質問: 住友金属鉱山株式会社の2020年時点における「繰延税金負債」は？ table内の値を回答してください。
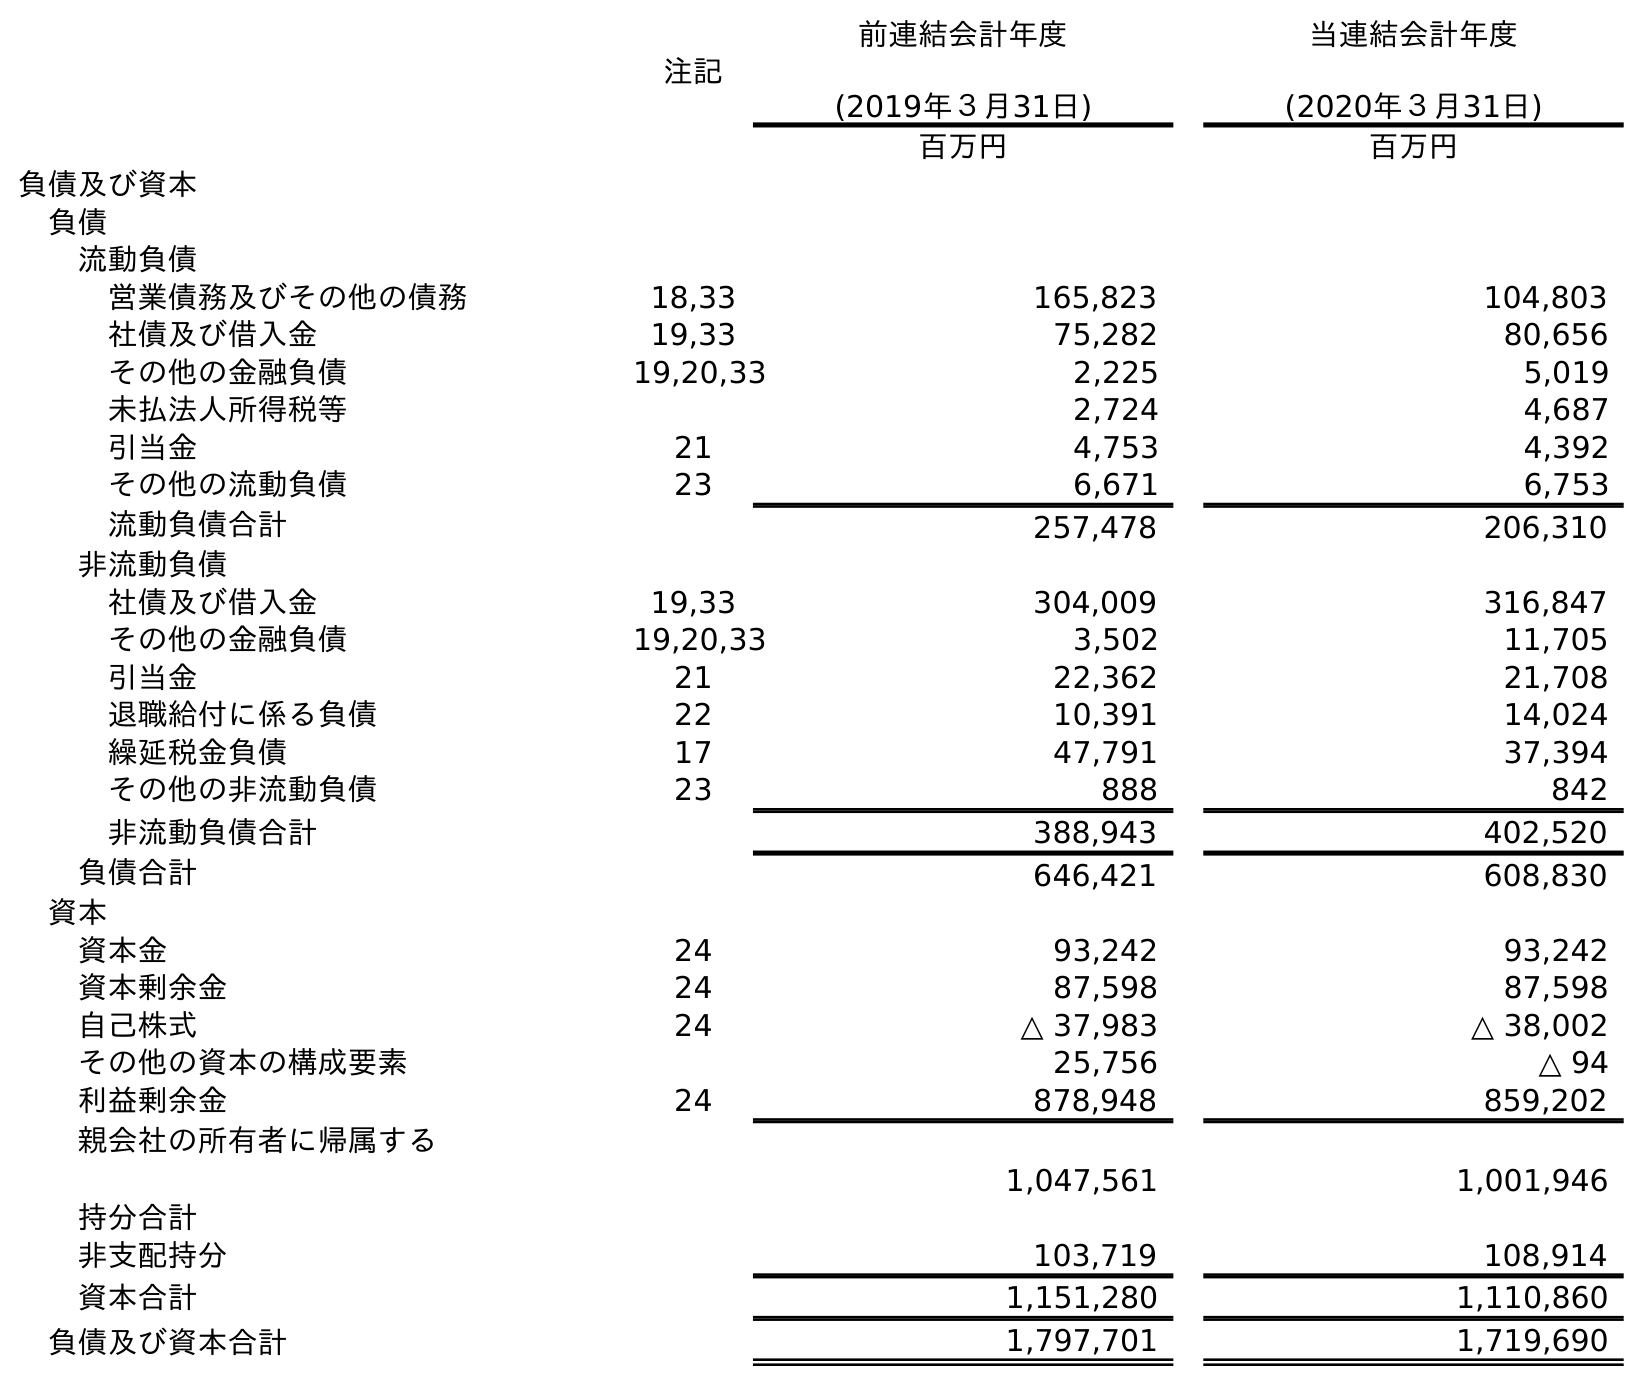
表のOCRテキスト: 注記 前連結会計年度 (2019年３月31日) 当連結会計年度 (2020年３月31日) 百万円 百万円 負債及び資本 負債 流動負債 営業債務及びその他の債務 18,33 165,823 104,803 社債及び借入金 19,33 75,282 80,656 その他の金融負債 19,20,33 2,225 5,019 未払法人所得税等 2,724 4,687 引当金 21 4,753 4,392 その他の流動負債 23 6,671 6,753 流動負債合計 257,478 206,310 非流動負債 社債及び借入金 19,33 304,009 316,847 その他の金融負債 19,20,33 3,502 11,705 引当金 21 22,362 21,708 退職給付に係る負債 22 10,391 14,024 繰延税金負債 17 47,791 37,394 その他の非流動負債 23 888 842 非流動負債合計 388,943 402,520 負債合計 646,421 608,830 資本 資本金 24 93,242 93,242 資本剰余金 24 87,598 87,598 自己株式 24 △ 37,983 △ 38,002 その他の資本の構成要素 25,756 △ 94 利益剰余金 24 878,948 859,202 親会社の所有者に帰属する 持分合計 1,047,561 1,001,946 非支配持分 103,719 108,914 資本合計 1,151,280 1,110,860 負債及び資本合計 1,797,701 1,719,690
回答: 37,394